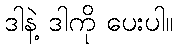
ဒါနဲ့ ဒါကို ပေးပါ။